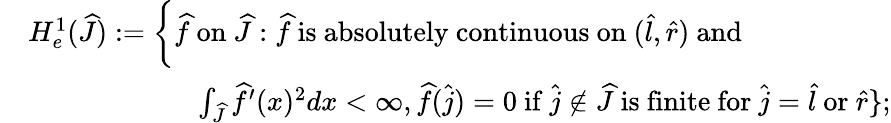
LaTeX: \begin{array}{rl}&{H_{e}^{1}(\widehat{J}):=\bigg\{ \widehat f\mathrm{~on~}\widehat{J}:\widehat f\mathrm{~is~absolutely~continuous~on~}(\widehat{l},\widehat{r})\mathrm{~and~}}\\ &{\qquad\qquad\qquad\int_{\widehat{J}}\widehat f^{\prime}(x)^{2}dx<\infty,\widehat f(\widehat j)=0\mathrm{~if~}\widehat j\notin\widehat{J}\mathrm{~is~finite~for~}\widehat j=\widehat{l}\mathrm{~or~}\widehat{r}\} ;}\end{array}